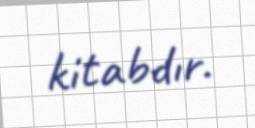
kitabdır.